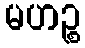
မဟဉ္စ